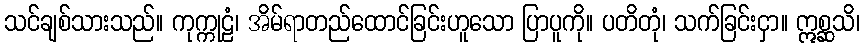
သင်ချစ်သားသည်။ ကုက္ကုဠံ၊ အိမ်ရာတည်ထောင်ခြင်းဟူသော ပြာပူကို။ ပတိတုံ၊ သက်ခြင်းငှာ။ ဣစ္ဆသိ၊